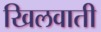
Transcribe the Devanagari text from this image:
खिलवाती